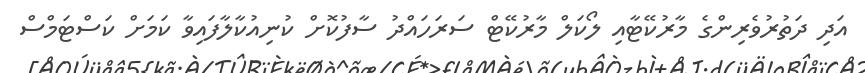
އަދި ދަތުރުވެރިންގެ މާރުކޭޓާއި ލޯކަލް މާރުކޭޓް ސަރަހައްދު ސާފުކޮށް ކުނިއުކާލާފައިވާ ކަމަށް ކަސްޓަމްސް